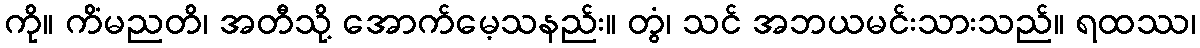
ကို။ ကိံမညတိ၊ အတီသို့ အောက်မေ့သနည်း။ တွံ၊ သင် အဘယမင်းသားသည်။ ရထဿ၊